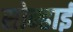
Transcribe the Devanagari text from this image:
सोन्हाई